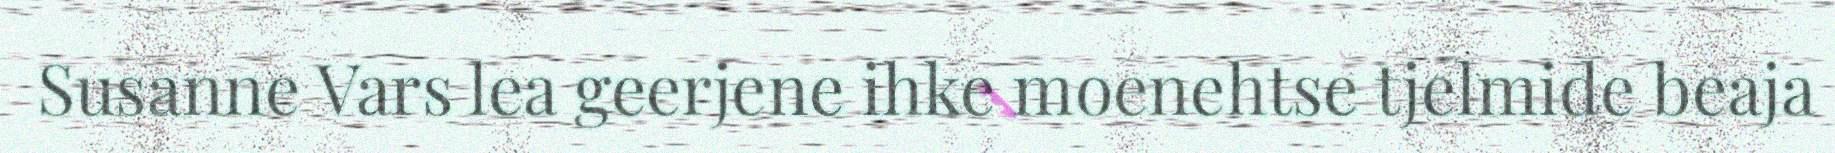
Susanne Vars lea geerjene ihke moenehtse tjelmide beaja